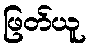
ဖြတ်ယူ